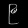
Digit: ၉